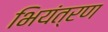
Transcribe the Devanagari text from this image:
भियंत्रण